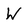
Character: W